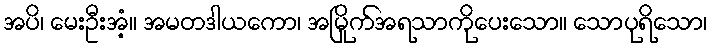
အပိ၊ မေးဦးအံ့။ အမတဒါယကော၊ အမြိုက်အရသာကိုပေးသော။ သောပုရိသော၊